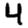
Digit: 4